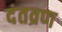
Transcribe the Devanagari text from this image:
दंतव्रण